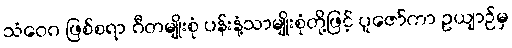
သံဝေဂ ဖြစ်စရာ ဂီတမျိုးစုံ ပန်းနံ့သာမျိုးစုံတို့ဖြင့် ပူဇော်ကာ ဥယျာဉ်မှ